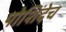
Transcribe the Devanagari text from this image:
पोशिंदेच